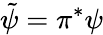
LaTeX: \tilde{\psi}=\pi^{*}\psi